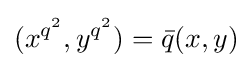
(x^{q^{2}},y^{q^{2}})={\bar {q}}(x,y)